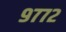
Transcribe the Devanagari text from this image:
९७७२